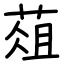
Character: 葅